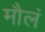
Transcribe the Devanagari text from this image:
मौलं